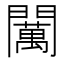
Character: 𨷈